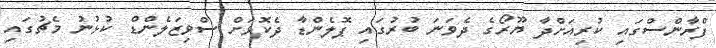
ފްރާންސްގައި ކުރިއަށްދާ ޔޫރޯގެ ދެވަނަ ބުރުގައި ޕޮލެންޑާ ދެކޮޅަށް ސްވިޒަލެންޑް ކުޅުނު މެޗުގައި